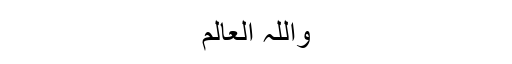
واللہ العالم